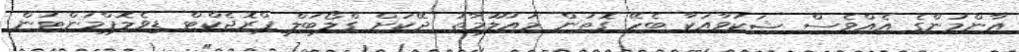
އާންމުންގެ އެއްވެސް ޝަކުވާއަކާ ބެހޭ ގޮތުން މައުލޫމާތު ދޭކަށް ގްލޯބަލް ޕްރޮޖެކްޓް ޑިވެލޮޕްމަންޓުން